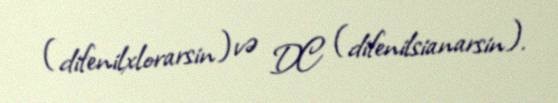
(difenilxlorarsin) və DC (difenilsianarsin).